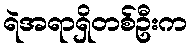
ရဲအရာရှိတစ်ဦးက